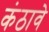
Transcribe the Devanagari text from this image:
कंठावे